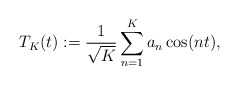
\begin{align*}T_{K}(t):=\frac{1}{\sqrt{K}}\sum^{K}_{n=1}a_{n}\cos(nt),\end{align*}